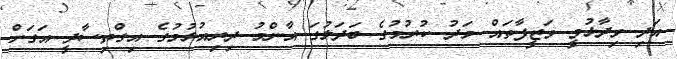
އަދި ވިދާޅުވީ ވަޒީފާތައް މަދު ކުރުމުގެ ބަދަލުގަ އާންމު ދިރިއުޅުމުގެ އިގްތިސާދީ އަގަށް